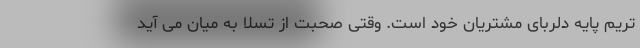
تریم پایه دلربای مشتریان خود است. وقتی صحبت از تسلا به میان می آید